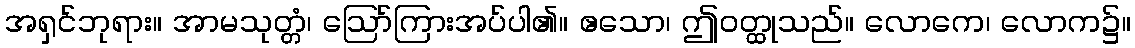
အရှင်ဘုရား။ အာမသုတ္တံ၊ ဩော်ကြားအပ်ပါ၏။ ဧသော၊ ဤဝတ္ထုသည်။ လောကေ၊ လောက၌။